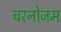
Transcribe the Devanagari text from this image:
चरनोजम